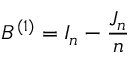
B ^ { ( 1 ) } = I _ { n } - { \frac { J _ { n } } { n } }